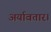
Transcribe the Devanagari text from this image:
अर्यावतार।